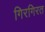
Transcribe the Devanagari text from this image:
गिरगिरत